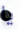
يا